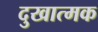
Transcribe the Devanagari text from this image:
दुखात्मक